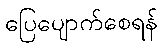
ပြေပျောက်စေရန်